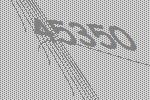
45350